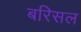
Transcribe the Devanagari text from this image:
बरिसल